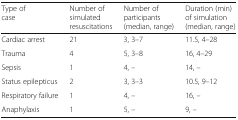
<table><thead><tr><td><b>Type of case</b></td><td><b>Number of simulated resuscitations</b></td><td><b>Number of participants (median, range)</b></td><td><b>Duration (min) of simulation (median, range)</b></td></tr></thead><tbody><tr><td>Cardiac arrest</td><td>21</td><td>3, 3–7</td><td>11.5, 4–28</td></tr><tr><td>Trauma</td><td>4</td><td>5, 3–8</td><td>16, 4–29</td></tr><tr><td>Sepsis</td><td>1</td><td>4, –</td><td>14, –</td></tr><tr><td>Status epilepticus</td><td>2</td><td>3, 3–3</td><td>10.5, 9–12</td></tr><tr><td>Respiratory failure</td><td>1</td><td>4, –</td><td>16, –</td></tr><tr><td>Anaphylaxis</td><td>1</td><td>5, –</td><td>9, –</td></tr></tbody></table>